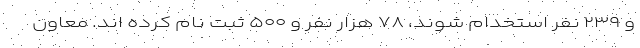
و ۲۳۹ نفر استخدام شوند، ۷۸ هزار نفر و ۵۰۰ ثبت نام کرده اند. معاون